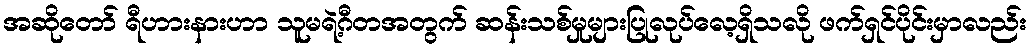
အဆိုတော် ရီဟားနားဟာ သူမရဲ့ဂီတအတွက် ဆန်းသစ်မှုများပြုလုပ်လေ့ရှိသလို ဖက်ရှင်ပိုင်းမှာလည်း